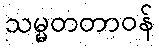
သမ္မတတာဝန်